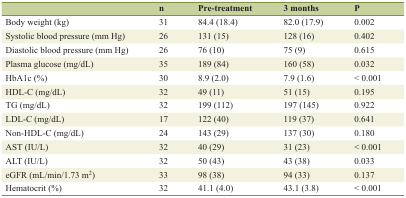
|  | n | Pre-treatment | 3 months | P |
 | --- | --- | --- | --- | --- |
 | Body weight (kg) | 31 | 84.4 (18.4) | 82.0 (17.9) | 0.002 |
 | Systolic blood pressure (mm Hg) | 26 | 131 (15) | 128 (16) | 0.402 |
 | Diastolic blood pressure (mm Hg) | 26 | 76 (10) | 75 (9) | 0.615 |
 | Plasma glucose (mg/dL) | 35 | 189 (84) | 160 (58) | 0.032 |
 | HbA1c (%) | 30 | 8.9 (2.0) | 7.9 (1.6) | < 0.001 |
 | HDL-C (mg/dL) | 32 | 49 (11) | 51 (15) | 0.195 |
 | TG (mg/dL) | 32 | 199 (112) | 197 (145) | 0.922 |
 | LDL-C (mg/dL) | 17 | 122 (40) | 119 (37) | 0.641 |
 | Non-HDL-C (mg/dL) | 24 | 143 (29) | 137 (30) | 0.180 |
 | AST (IU/L) | 32 | 40 (29) | 31 (23) | < 0.001 |
 | ALT (IU/L) | 32 | 50 (43) | 43 (38) | 0.033 |
 | eGFR (mL/min/1.73 m2) | 33 | 98 (38) | 94 (33) | 0.137 |
 | Hematocrit (%) | 32 | 41.1 (4.0) | 43.1 (3.8) | < 0.001 |